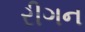
રીગન